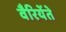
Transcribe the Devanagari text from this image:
वैरियेंते